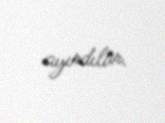
ayırdılar.